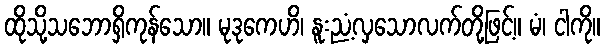
ထိုသို့သဘောရှိကုန်သော။ မုဒုကေဟိ၊ နူးညံ့လှသောလက်တို့ဖြင့်။ မံ၊ ငါကို။